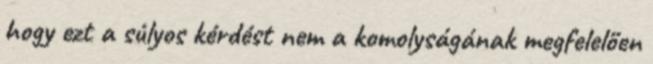
hogy ezt a súlyos kérdést nem a komolyságának megfelelően